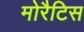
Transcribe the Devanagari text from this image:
मोरैटिस